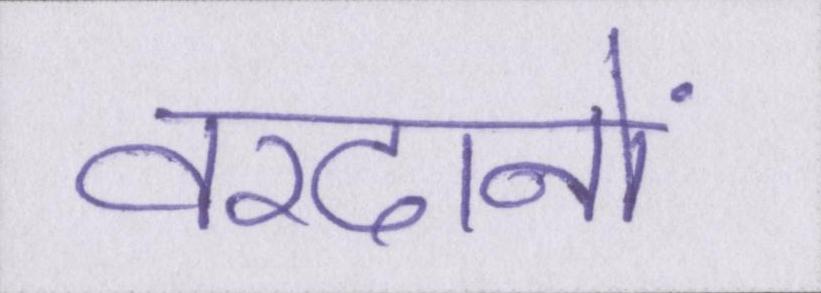
वरदानों